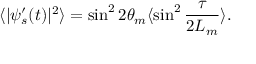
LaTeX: \langle | \psi _ { s } ^ { \prime } ( t ) | ^ { 2 } \rangle = \sin ^ { 2 } 2 \theta _ { m } \langle \sin ^ { 2 } { \frac { \tau } { 2 L _ { m } } } \rangle .